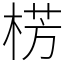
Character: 㭶